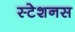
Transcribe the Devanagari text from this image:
स्टेशनस